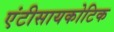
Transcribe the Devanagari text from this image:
एंटीसायकोटिक